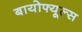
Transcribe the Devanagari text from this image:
बायोफ्यूल्स